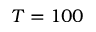
T = 1 0 0